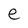
Character: e